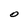
Character: O